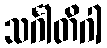
သင်္ဂါတိဂါ